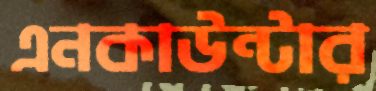
এনকাউন্টার